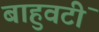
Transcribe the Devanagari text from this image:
बाहुवटीं